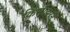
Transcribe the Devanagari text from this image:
किसीझरने